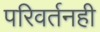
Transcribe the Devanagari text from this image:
परिवर्तनही